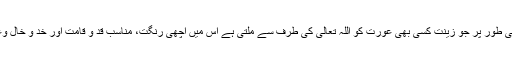
اس کے علاوہ قدرتی طور پر جو زینت کسی بھی عورت کو اللہ تعالیٰ کی طرف سے ملتی ہے اس میں اچھی رنگت، مناسب قد و قامت اور خد و خال وغیرہ بھی شامل ہیں۔